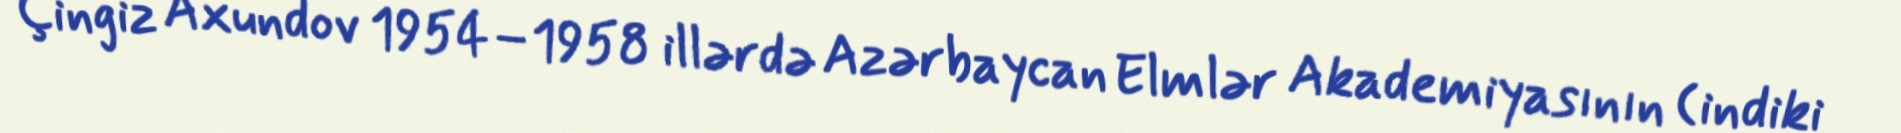
Çingiz Axundov 1954–1958 illərdə Azərbaycan Elmlər Akademiyasının (indiki